Account of plague administration in the Bombay Presidency from September 1896 till May 1897
Year: 1896
Disease focus: Plague
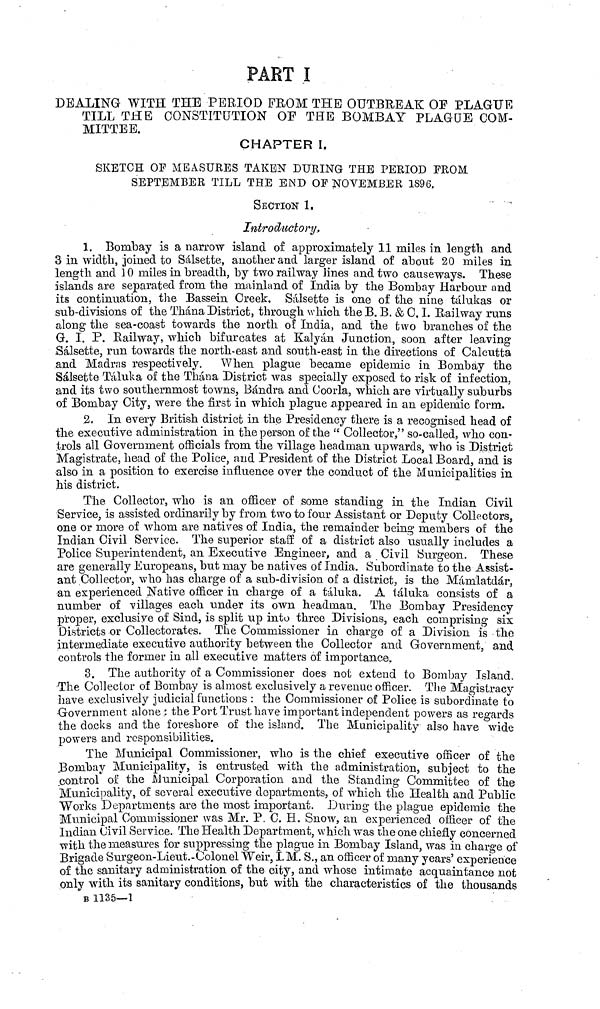
PART I
DEALING WITH THE PERIOD FROM THE OUTBREAK OE PLAGUE
TILL THE CONSTITUTION OF THE BOMBAY PLAGUE COM-
MITTEE.
CHAPTER I.
SKETCH OP MEASURES TAKEN DURING THE PERIOD PROM
SEPTEMBER TILL THE END OF NOVEMBER 1896.
SECTION 1.
Introductory.
1. Bombay is a narrow island of approximately 11 miles in length and
3 in width, joined to Sálsette, another and larger island of about 20 miles in
length and 10 miles in breadth, by two railway lines and two causeways. These
islands are separated from the mainland of India by the Bombay Harbour and
its continuation, the Bassein Creek. Sálsette is one of the nine tálukas or
sub-divisions of the Thána District, through which the B. B. & G. I. Railway runs
along the sea-coast towards the north of India, and the two branches of the
G. I. P. Railway, which bifurcates at Kalyán Junction, soon after leaving
Sálsette, run towards the north-east and south-east in the directions of Calcutta
and Madras respectively. When plague became epidemic in Bombay the
Sálsette Táluka of the Thána District was specially exposed to risk of infection,
and its two southernmost towns, Bándra and Coorla, which are virtually suburbs
of Bombay City, were the first in which plague appeared in an epidemic form.
2. In every British district in the Presidency there is a recognised head of
the executive administration in the person of the " Collector," so-called, who con-
trols all Government officials from the village headman upwards, who is District
Magistrate, head of the Police, and President of the District Local Board, and is
also in a position to exercise influence over the conduct of the Municipalities in
his district.
The Collector, who is an officer of some standing in the Indian Civil
Service, is assisted ordinarily by from two to four Assistant or Deputy Collectors,
one or more of whom are natives of India, the remainder being members of the
Indian Civil Service. The superior staff of a district also usually includes a
Police Superintendent, an Executive Engineer, and a Civil Surgeon. These
are generally Europeans, but may be natives of India. Subordinate to the Assist-
ant Collector, who has charge of a sub-division of a district, is the Mámlatdár,
an experienced Native officer in charge of a táluka. A táluka consists of a
number of villages each under its own headman. The Bombay Presidency
proper, exclusive of Sind, is split up into three Divisions, each comprising six
Districts or Collectorates. The Commissioner in charge of a Division is the
intermediate executive authority between the Collector and Government, and
controls the former in all executive matters of importance.
3. The authority of a Commissioner does not extend to Bombay Island.
The Collector of Bombay is almost exclusively a revenue officer. The Magistracy
have exclusively judicial functions : the Commissioner of Police is subordinate to
-Government alone; the Port Trust have important independent powers as regards
the docks and the foreshore of the island. The Municipality also have wide
powers and responsibilities.
The Municipal Commissioner, who is the chief executive officer of the
Bombay Municipality, is entrusted with the administration, subject to the
control of the Municipal Corporation and the Standing Committee of the
Municipality, of several executive departments, of which the Health and Public
Works Departments are the most important. During the plague epidemic the
Municipal Commissioner was Mr. P. C. H. Snow, an experienced officer of the
Indian Civil Service. The Health Department, which was the one chiefly concerned
with the measures for suppressing the plague in Bombay Island, was in charge of
Brigade Surgeon-Lieut.-Colonel Weir, I.M. S., an officer of many years' experience
of the sanitary administration of the city, and whose intimate acquaintance not
only with its sanitary conditions, but with the characteristics of the thousands
B 1135—1